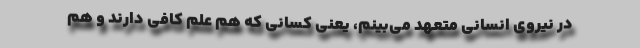
در نیروی انسانی متعهد می‌بینم، یعنی کسانی که هم علم کافی دارند و هم